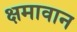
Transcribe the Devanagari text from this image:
क्षमावान